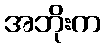
အဘိုးက